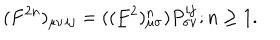
LaTeX: ( F ^ { 2 n } ) _ { \mu \nu } { } _ { i j } = ( ( \underline { { { F } } } ^ { 2 } ) _ { \mu \sigma } ^ { n } ) P _ { \sigma \nu } ^ { i j } ; n \ge 1 .